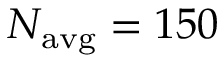
N _ { \mathrm { a v g } } = 1 5 0